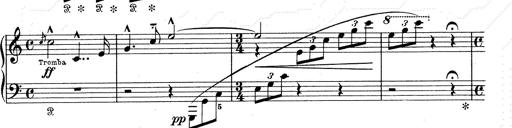
Title: Walhall aus Der Ring des Nibelungen
Composer: Franz Liszt